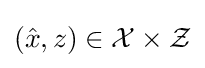
({\hat {x}},z)\in {\mathcal {X}}\times {\mathcal {Z}}